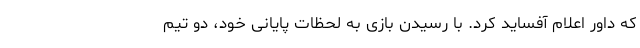
که داور اعلام آفساید کرد. با رسیدن بازی به لحظات پایانی خود، دو تیم